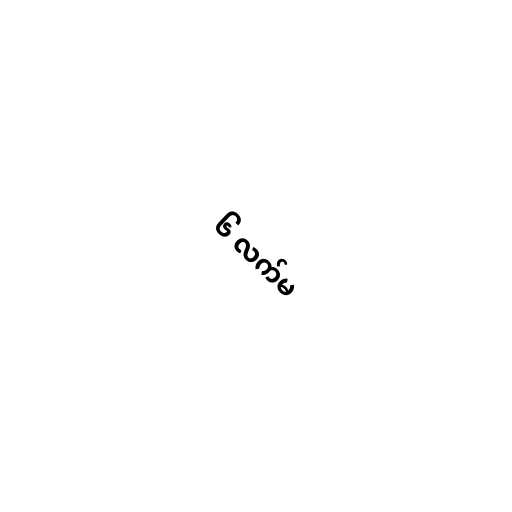
၆ လက်မ